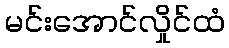
မင်းအောင်လှိုင်ထံ